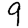
Digit: 9